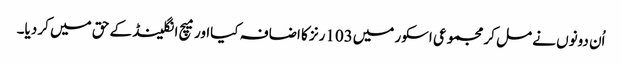
اُن دونوں نے مل کر مجموعی اسکور میں103رنز کا اضافہ کیااور میچ انگلینڈ کے حق میں کر دیا۔